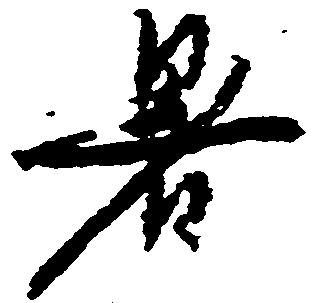
署